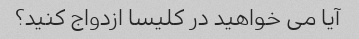
آیا می خواهید در کلیسا ازدواج کنید؟